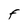
Character: F